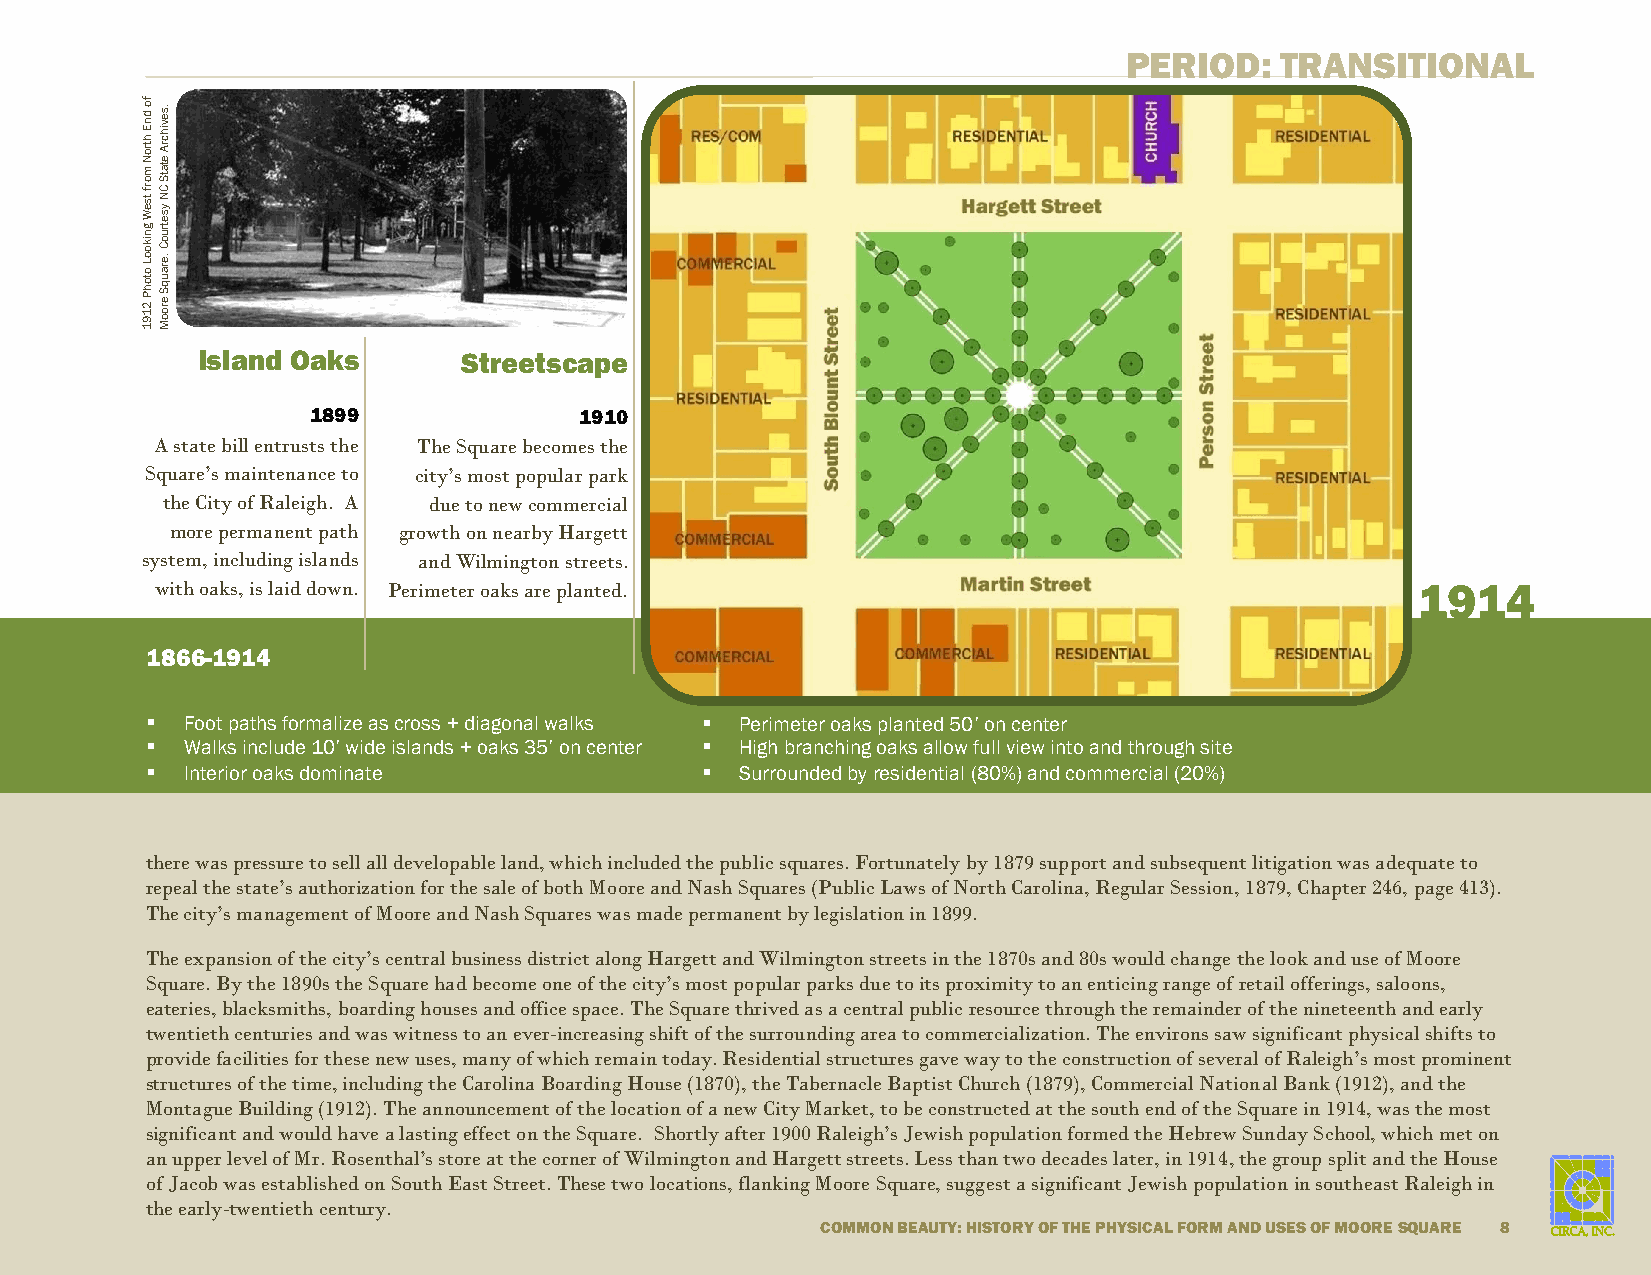
PERIOD:    TRANSITIONAL
 fo
 d
 n E
 h tro
 N m o
 rf
 tse
 W
 gn
 .se
 vih
 crA
 e ta tS
 C
 N
 yse
 tru
 ik o
 o L o to h P 2 1 9
 1o C
 .e ra u q S e ro o M
 Island Oaks       Streetscape
 1899             1910
 A state bill entrusts the The Square becomes the
 Square’s maintenance to city’s most popular park
 the City of Raleigh. A due to new commercial
 more permanent path growth on nearby Hargett
 system, including islands and Wilmington streets.
 with oaks, is laid down. Perimeter oaks are planted.                                1914
 1866-1914
  Foot paths formalize as cross + diagonal walks  Perimeter oaks planted 50’ on center
  Walks include 10’ wide islands + oaks 35’ on center  High branching oaks allow full view into and through site
  Interior oaks dominate              Surrounded by residential (80%) and commercial (20%)
 there was pressure to sell all developable land, which included the public squares. Fortunately by 1879 support and subsequent litigation was adequate to
 repeal the state’s authorization for the sale of both Moore and Nash Squares (Public Laws of North Carolina, Regular Session, 1879, Chapter 246, page 413).
 The city’s management of Moore and Nash Squares was made permanent by legislation in 1899.
 The expansion of the city’s central business district along Hargett and Wilmington streets in the 1870s and 80s would change the look and use of Moore
 Square. By the 1890s the Square had become one of the city’s most popular parks due to its proximity to an enticing range of retail offerings, saloons,
 eateries, blacksmiths, boarding houses and office space. The Square thrived as a central public resource through the remainder of the nineteenth and early
 twentieth centuries and was witness to an ever-increasing shift of the surrounding area to commercialization. The environs saw significant physical shifts to
 provide facilities for these new uses, many of which remain today. Residential structures gave way to the construction of several of Raleigh’s most prominent
 structures of the time, including the Carolina Boarding House (1870), the Tabernacle Baptist Church (1879), Commercial National Bank (1912), and the
 Montague Building (1912). The announcement of the location of a new City Market, to be constructed at the south end of the Square in 1914, was the most
 significant and would have a lasting effect on the Square. Shortly after 1900 Raleigh’s Jewish population formed the Hebrew Sunday School, which met on
 a n upper level of Mr. Rosenthal’s store at the corner of Wilmington and Hargett streets. Less than two decades later, in 1914, the group split and the House
 o f Jacob was established on South East Street. These two locations, flanking Moore Square, suggest a significant Jewish population in southeast Raleigh in
 the early-twentieth century.
 COMMON BEAUTY: HISTORY OF THE PHYSICAL FORM AND USES OF MOORE SQUARE 8